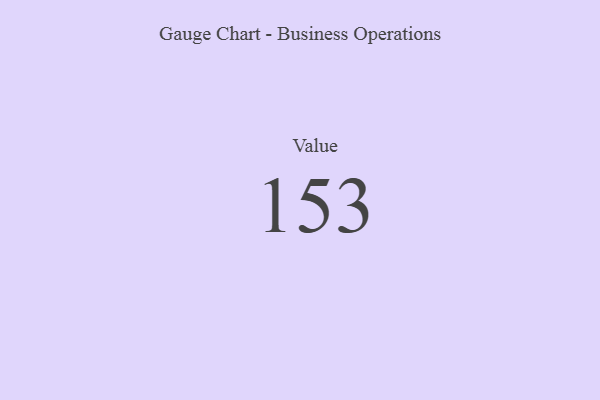
{"axis": {"x": "Metric", "y": "Value"}, "legend": [""], "data": [{"x": "Value", "y": 153, "type": ""}]}